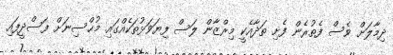
ދިމާލަށް ވެސް ފެތުރެން ފެށި ތަދާއެކީ މިރްޒާން ލަސް ފިޔަވަޅުތަކެއްގައި މުޙްސިނަށް ފަސްދީފައި